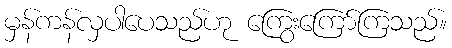
မှန်ကန်လှပါပေသည်ဟု ကြွေးကြော်ကြသည်။